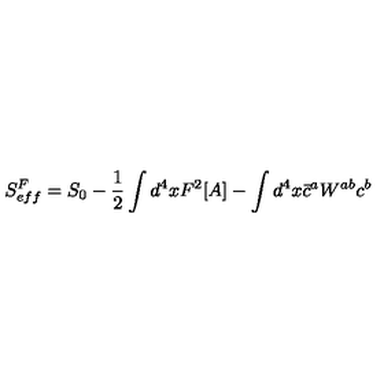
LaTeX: S _ { e f f } ^ { F } = S _ { 0 } - \frac { 1 } { 2 } \int d ^ { 4 } x F ^ { 2 } [ A ] - \int d ^ { 4 } x \bar { c } ^ { a } W ^ { a b } c ^ { b }